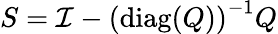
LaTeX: S=\mathcal{I}-\left(\operatorname{diag}(Q)\right)^{-1}Q